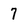
Character: 7